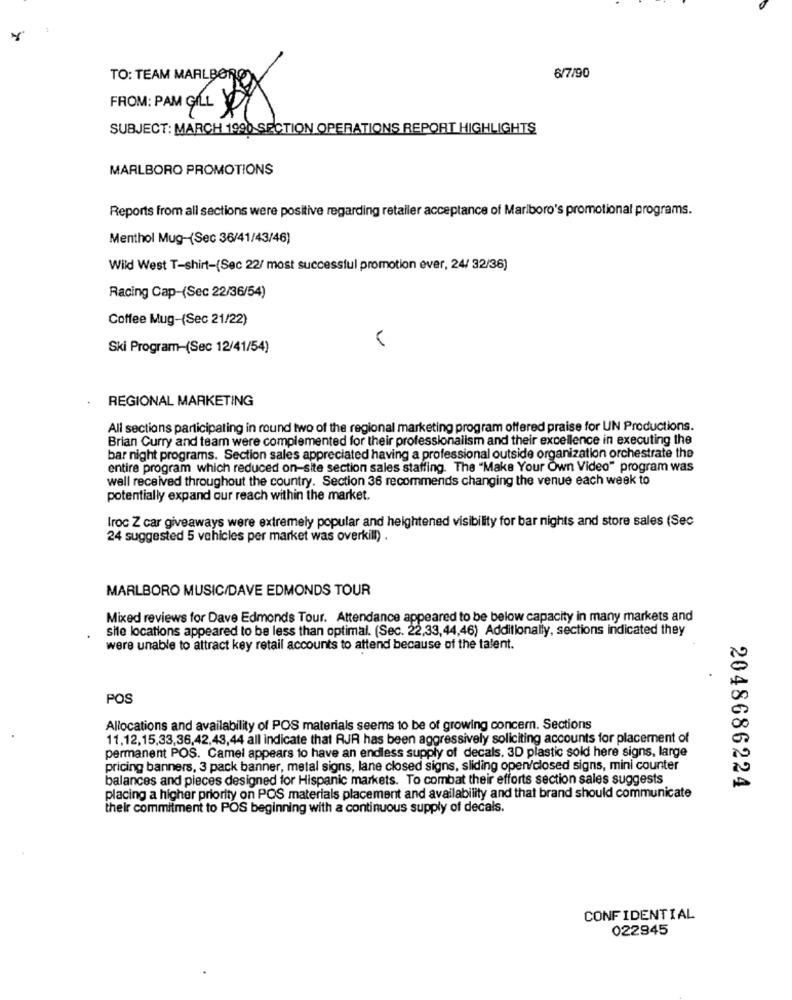
TO: TEAM MARLBOROY
6/7/90
FROM: PAM GLI
SUBJECT: MARCH 1990 SECTION OPERATIONS REPORT HIGHLIGHTS
MARLBORO PROMOTIONS
Reports from all sections were positive regarding retailer acceptance of Marlboro's promotional programs.
Menthol Mug-(Sec 36/41/43/46)
Wild West T-shirt-(Sec 22/ most successful promotion ever, 24/ 32/36)
Racing Cap-(Sec 22/36/54)
Coffee Mug-(Sec 21/22)
Ski Program-(Sec 12/41/54)
REGIONAL MARKETING
All sections participating in round two of the regional marketing program offered praise for UN Productions.
Brian Curry and team were complemented for their professionalism and their excellence in executing the
bar night programs. Section sales appreciated having a professional outside organization orchestrate the
entire program which reduced on-site section sales staffing. The "Make Your Own Video" program was
well received throughout the country. Section 36 recommends changing the venue each week to
potentially expand our reach within the market.
Iroc Z car giveaways were extremely popular and heightened visibility for bar nights and store sales (Sec
24 suggested 5 vehicles per market was overkill) .
MARLBORO MUSIC/DAVE EDMONDS TOUR
Mixed reviews for Dave Edmonds Tour. Attendance appeared to be below capacity in many markets and
sie locations appeared to be less than optimal. (Sec. 22,33,44,46) Additionally, sections indicated they
were unable to attract key retail accounts to attend because of the talent.
POS
Allocations and availability of POS materials seems to be of growing concern. Sections
11,12,15,33,36,42,43,44 all indicate that RJR has been aggressively soliciting accounts for placement of
permanent POS. Camel appears to have an endless supply of decals. 3D plastic sold here signs, large
pricing banners, 3 pack banner, metal signs, lane closed signs, sliding open/closed signs, mini counter
balances and pieces designed for Hispanic markets. To combat their efforts section sales suggests
2048686224
placing a higher priority on POS materials placement and availability and that brand should communicate
their commitment to POS beginning with a continuous supply of decals.
CONFIDENTIAL
022945